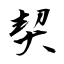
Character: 契